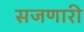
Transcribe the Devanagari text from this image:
सजणारी